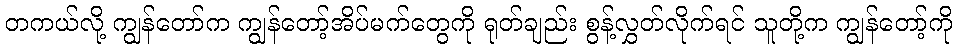
တကယ်လို့ ကျွန်တော်က ကျွန်တော့်အိပ်မက်တွေကို ရုတ်ချည်း စွန့်လွှတ်လိုက်ရင် သူတို့က ကျွန်တော့်ကို